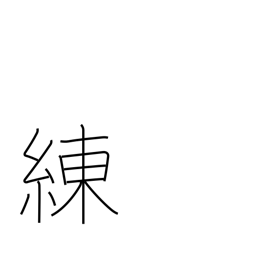
Meaning: gloss